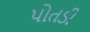
પોતડી